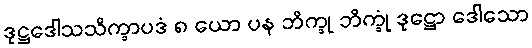
ဒုဋ္ဌဒေါသသိက္ခာပဒံ ၈ ယော ပန ဘိက္ခု ဘိက္ခုံ ဒုဋ္ဌော ဒေါသော